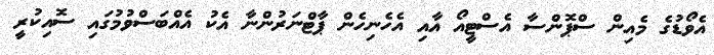
އެވޯޑުގެ މެއިން ސްޕޮންސާ އެސްޓީއޯ އާއި އެހެނިހެން ޕާޓްނަރުންނާ އެކު އެއްބަސްވުމުގައި ސޮއިކުރީ